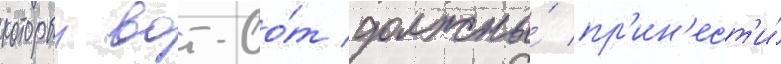
которыи вот-во́т должны́ пр'ин'ест'и́